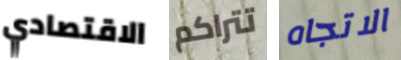
الاقتصادي تتراكم الاتجاه